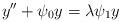
LaTeX: \begin{align*} y''+\psi_0y=\lambda\psi_1y \end{align*}